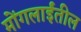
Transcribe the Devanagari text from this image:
मोंगलाईंतील